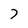
Character: 7